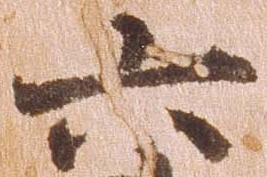
六